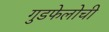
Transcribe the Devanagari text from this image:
गुडफेलोची